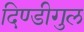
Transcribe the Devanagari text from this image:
दिण्डीगुल